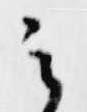
云